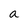
Character: a